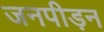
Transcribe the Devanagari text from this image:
जनपीड़न